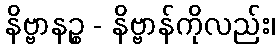
နိဗ္ဗာနဉ္စ - နိဗ္ဗာန်ကိုလည်း၊